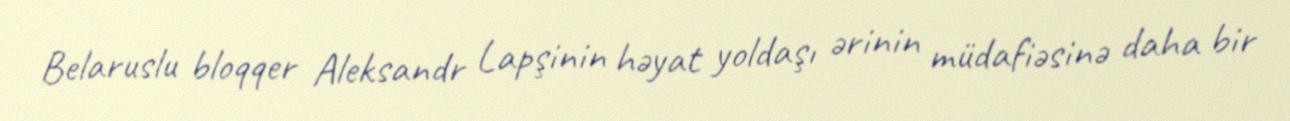
Belaruslu bloqqer Aleksandr Lapşinin həyat yoldaşı ərinin müdafiəsinə daha bir